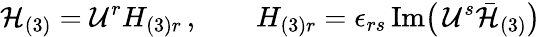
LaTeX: {\cal H}_{(3)}={\cal U}^{r}H_{(3)r}\, ,\qquad H_{(3)r}=\epsilon_{rs}\, \mathrm{Im}\big(\, {\cal U}^{s}\bar{{\cal H}}_{(3)}\big)